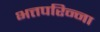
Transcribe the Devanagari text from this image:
भत्तपरिन्ना